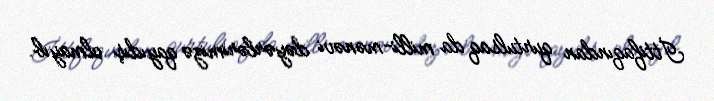
İttifaqından qurtulsaq da milli-mənəvi dəyərlərimizə qayıdış olmayıb.